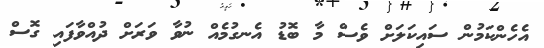
އެހެންކަމުން ސައިކަލަށް ވެސް މާ ބޮޑު އެނގުމެއް ނުވާ ވަރަށް ދުއްވާފައި ގޮސް